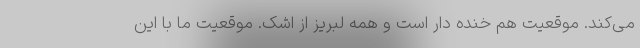
می‌کند. موقعیت هم خنده دار است و همه لبریز از اشک. موقعیت ما با این